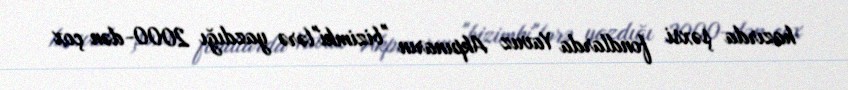
hazırda şəxsi fondlarda Yavuz Akpınarın "bizimki"lərə yazdığı 2000-dən çox